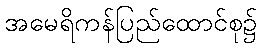
အမေရိကန်ပြည်ထောင်စု၌